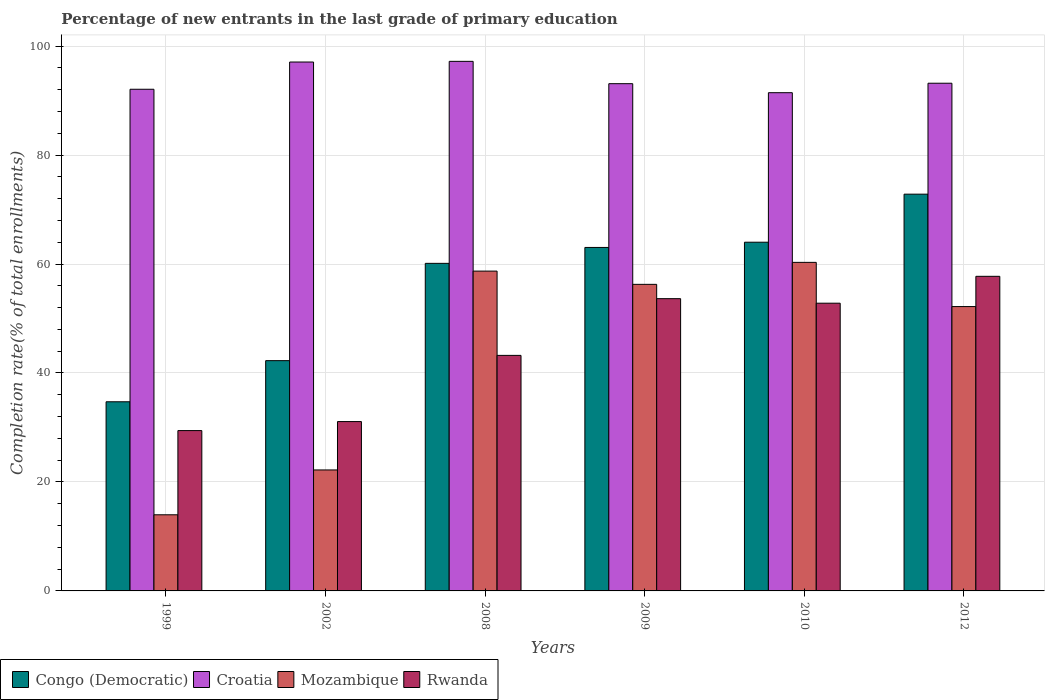
| Years | Congo (Democratic) | Croatia | Mozambique | Rwanda |
 | --- | --- | --- | --- | --- |
 | 1999 | 34.7 | 92.1 | 14 | 29.4 |
 | 2002 | 42.3 | 97.1 | 22.2 | 31.1 |
 | 2008 | 60.1 | 97.2 | 58.7 | 43.2 |
 | 2009 | 63 | 93.1 | 56.3 | 53.6 |
 | 2010 | 64 | 91.4 | 60.3 | 52.8 |
 | 2012 | 72.8 | 93.2 | 52.2 | 57.7 |